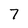
Character: 7